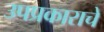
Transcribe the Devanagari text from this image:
उपप्रकाराचे